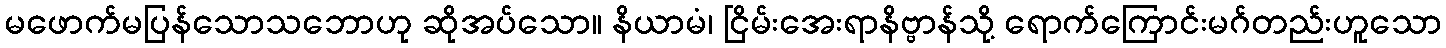
မဖောက်မပြန်သောသဘောဟု ဆိုအပ်သော။ နိယာမံ၊ ငြိမ်းအေးရာနိဗ္ဗာန်သို့ ရောက်ကြောင်းမဂ်တည်းဟူသော